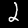
Label: 2